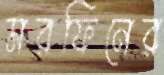
মরফিনের